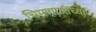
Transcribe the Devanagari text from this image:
चिमणाजींच्या